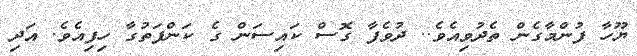
ޔޫހާ ފުންމާގެން ތެދުވިއެވެ.. ދުވެފާ ގޮސް ކައިސަން ގެ ކަންފަތުގާ ހިފިއެވެ. އަދި